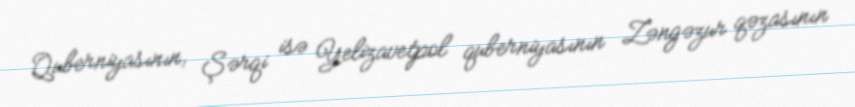
Quberniyasının, Şərqi isə Yelizavetpol quberniyasının Zəngəzur qəzasının